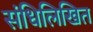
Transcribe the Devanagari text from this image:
संधिलिखित